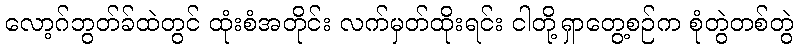
လော့ဂ်ဘွတ်ခ်ထဲတွင် ထုံးစံအတိုင်း လက်မှတ်ထိုးရင်း ငါတို့ရှာတွေ့စဉ်က စုံတွဲတစ်တွဲ